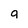
Character: g